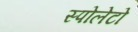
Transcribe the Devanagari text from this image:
स्पोलेटो